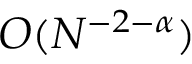
O ( N ^ { - 2 - \alpha } )